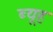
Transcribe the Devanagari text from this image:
ब्यूह